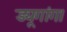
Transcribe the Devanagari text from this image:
ड्यूगांग।